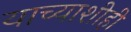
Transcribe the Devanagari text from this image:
याच्याशीही